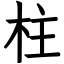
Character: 柱